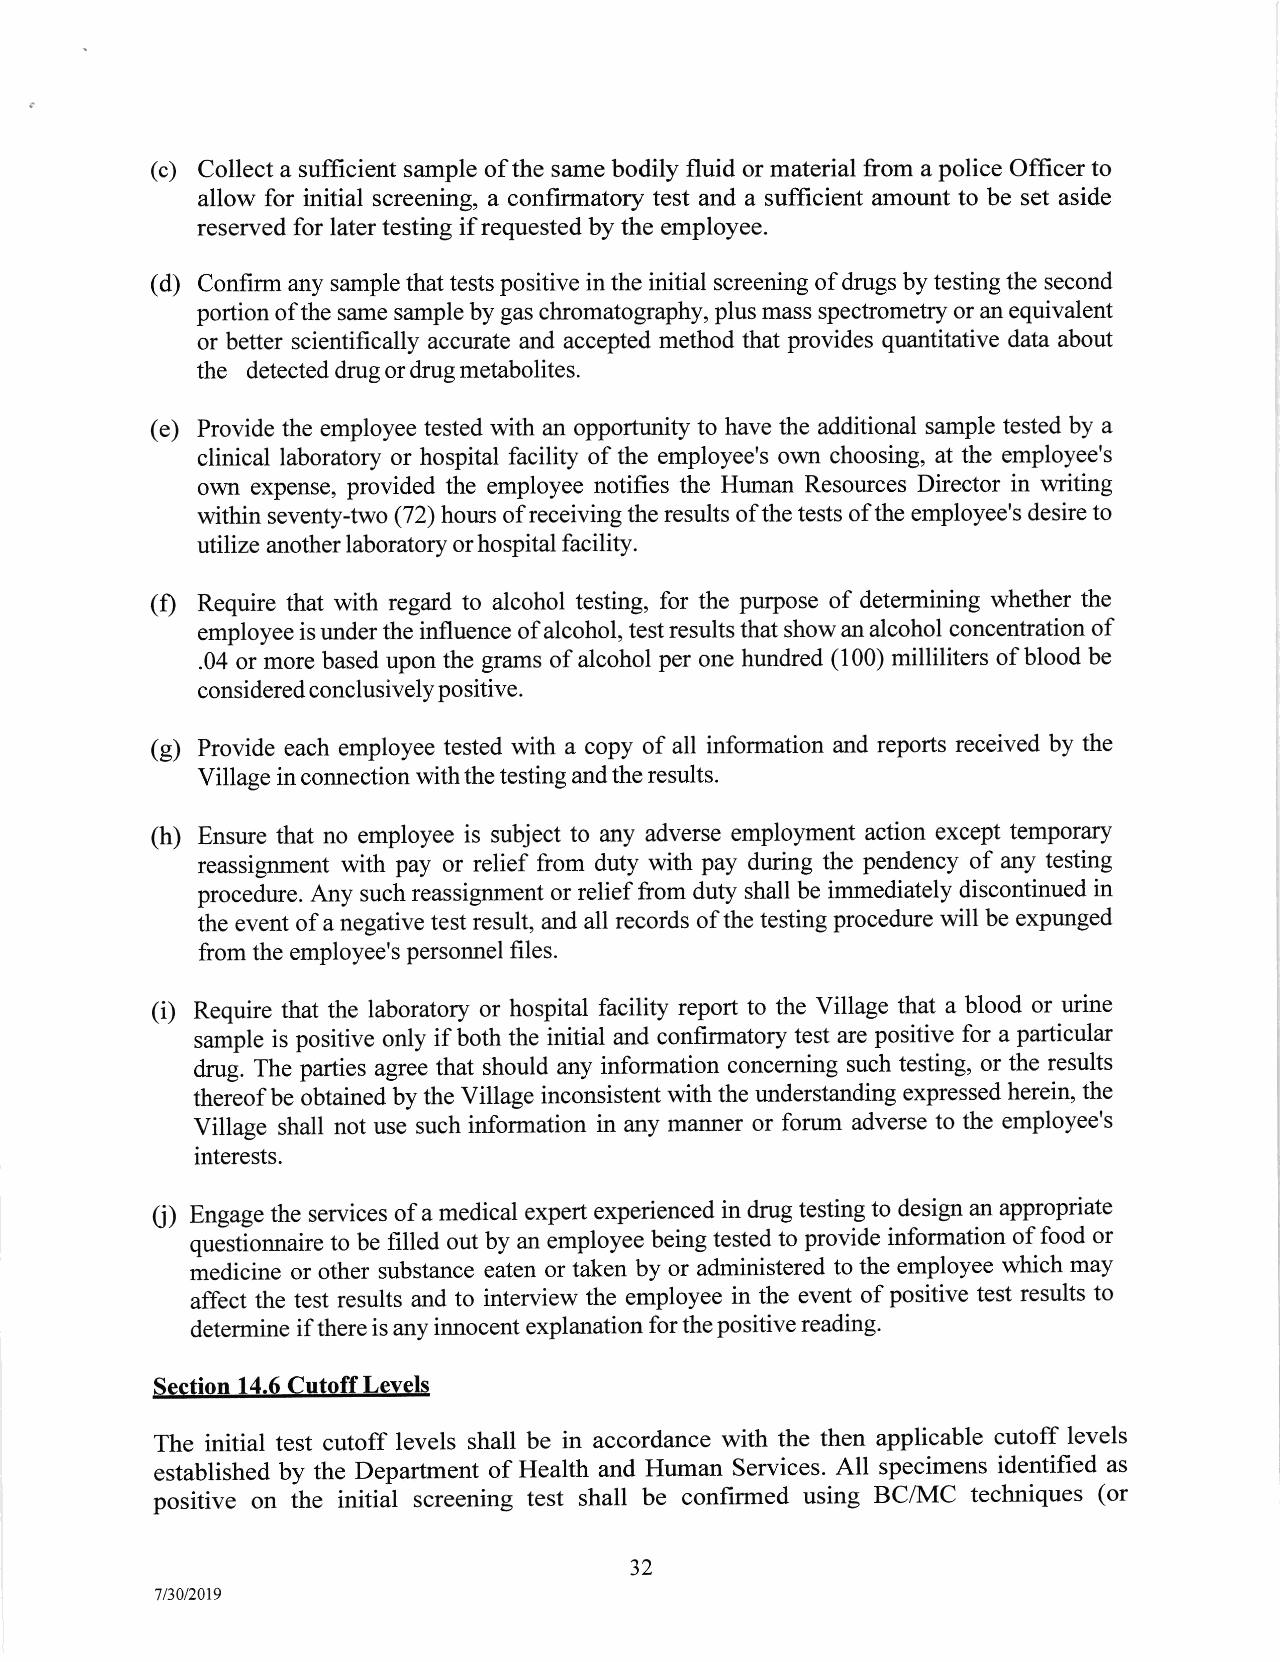
(c) Collect a sufficient sample of the same bodily fluid or material from a police Officer to
 allow for initial screening, a confirmatory test and a sufficient amount to be set aside
 reserved for later testing if requested by the employee.
 (d) Confirm any sample that tests positive in the initial screening of drugs by testing the second
 portion ofthe same sample by gas chromatography, plus mass spectrometry or an equivalent
 or better scientifically accurate and accepted method that provides quantitative data about
 the detected drug or drug metabolites.
 (e) Provide the employee tested with an opportunity to have the additional sample tested by a
 clinical laboratory or hospital facility of the employee's own choosing, at the employee's
 own expense, provided the employee notifies the Human Resources Director in writing
 within seventy-two (72) hours of receiving the results of the tests of the employee's desire to
 utilize another laboratory or hospital facility.
 (0 Require that with regard to alcohol testing, for the purpose of determining whether the
 employee is under the influence of alcohol, test results that show an alcohol concentration of
 .04 or more based upon the gftrms of alcohol per one hundred (100) milliliters of blood be
 considered conclusively positive.
 (g) Provide each employee tested with a copy of all information and reports received by the
 Village in connection withthe testing and the results.
 (h) Ensure that no employee is subject to any adverse employment action except temporary
 reassignment with pay or relief from duty with pay during the pendency of any testing
 procedure. Any such reassignment or relief from duty shall be immediately discontinued in
 ihe event of a negative test result, and all records of the testing procedure will be expunged
 from the employee's personnel files.
 (i) Require that the laboratory or hospital facility report to the Village that a blood or urine
 sample is positive only if both the initial and confirmatory test are positive for a particular
 drug. The parties agree that should any information concerning such testing, or the results
 thereof be obtained by the Village inconsistent with the understanding expressed herein, the
 Village shall not use such information in any manner or forum adverse to the employee's
 interests.
 61 Engage the services of a medical expert experienced in drug testing to design an appropriate
 questionnaire to be filled out by an employee being tested to provide information of food or
 medicine or other substance eaten or taken by or administered to the employee which may
 affect the test results and to interview the employee in the event of positive test results to
 determine if there is any innocent explanation for the positive reading.
 Section 14.6 Cutoff Levels
 The initial test cutoff levels shall be in accordance with the then applicable cutoff levels
 established by the Departrnent of Health and Human Services. All specimens identified as
 positive o1 th" initial screening test shall be confirmed using BCA4C techniques (or
 32
 7/30/2019